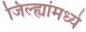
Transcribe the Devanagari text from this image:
जिल्ह्यांंमध्ये